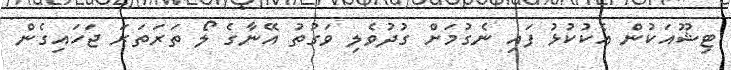
ޓިޝޫއަކުން އެކުކުޅު ފައި ނެގުމަށް ގުދުވެލި ވަގުތު އޭނާގެ ލޯ ތަރަތަރަ ޖަހައިގެން